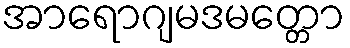
အာရောဂျမဒမတ္တော